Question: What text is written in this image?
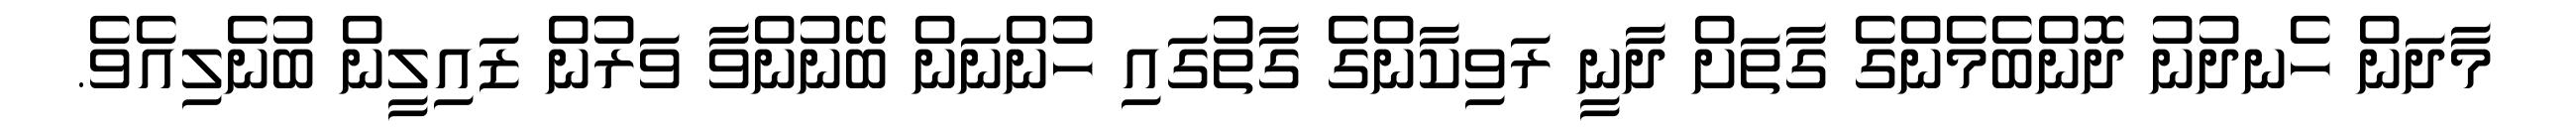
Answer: މާދަން ހެނދުނު ދޮންބެމެންގެ ގާތަށް ދާނީ ރަވިކާންގެ ގާތުގައި ހުންނަން ބޭނުންވާ ވަރުން ޒައިލީން ބުނެލިއެވެ.